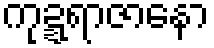
ကုဍ္ဍရာဇာနော